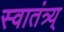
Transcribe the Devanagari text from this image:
स्वातंत्र्य्